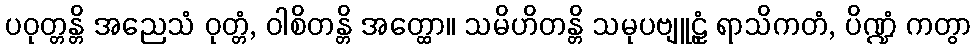
ပဝုတ္တန္တိ အညေသံ ဝုတ္တံ, ဝါစိတန္တိ အတ္ထော။ သမိဟိတန္တိ သမုပဗျူဠှံ ရာသိကတံ, ပိဏ္ဍံ ကတွာ